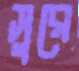
সুরে